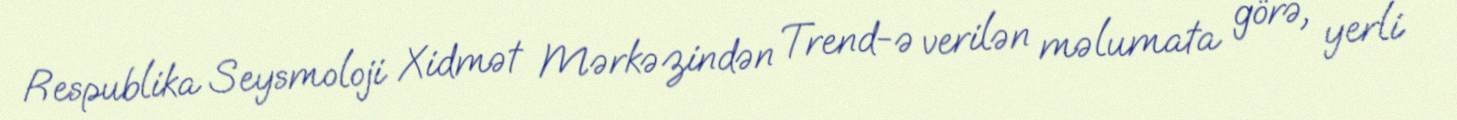
Respublika Seysmoloji Xidmət Mərkəzindən Trend-ə verilən məlumata görə, yerli